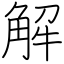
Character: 解